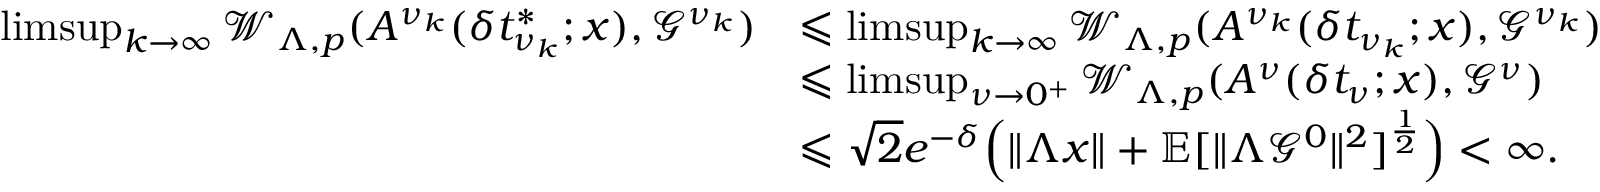
\begin{array} { r l } { \operatorname* { l i m s u p } _ { k \to \infty } \mathcal { W } _ { \Lambda , p } ( A ^ { \nu _ { k } } ( \delta t _ { \nu _ { k } } ^ { * } ; x ) , \mathcal { G } ^ { \nu _ { k } } ) } & { \leqslant \operatorname* { l i m s u p } _ { k \to \infty } \mathcal { W } _ { \Lambda , p } ( A ^ { \nu _ { k } } ( \delta t _ { \nu _ { k } } ; x ) , \mathcal { G } ^ { \nu _ { k } } ) } \\ & { \leqslant \operatorname* { l i m s u p } _ { \nu \to 0 ^ { + } } \mathcal { W } _ { \Lambda , p } ( A ^ { \nu } ( \delta t _ { \nu } ; x ) , \mathcal { G } ^ { \nu } ) } \\ & { \leqslant { \sqrt { 2 } } e ^ { - \delta } \Big ( \| \Lambda x \| + \mathbb { E } [ \| \Lambda \mathcal { G } ^ { 0 } \| ^ { 2 } ] ^ { \frac { 1 } { 2 } } \Big ) < \infty . } \end{array}